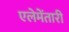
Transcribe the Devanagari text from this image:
एलेमेंतारी